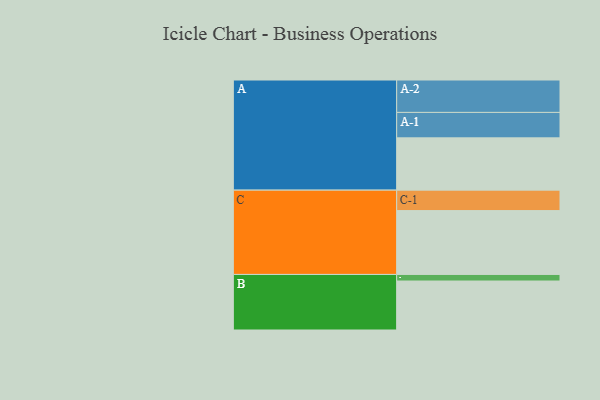
{"axis": {"x": "Segment", "y": "Value"}, "legend": ["", "A", "B", "C"], "data": [{"x": "A", "y": 429, "type": ""}, {"x": "B", "y": 402, "type": ""}, {"x": "C", "y": 524, "type": ""}, {"x": "A-1", "y": 209, "type": "A"}, {"x": "A-2", "y": 266, "type": "A"}, {"x": "B-1", "y": 54, "type": "B"}, {"x": "C-1", "y": 168, "type": "C"}]}